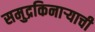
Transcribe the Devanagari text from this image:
समुद्रकिनाऱ्याची